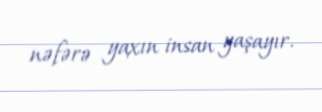
nəfərə yaxın insan yaşayır.